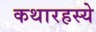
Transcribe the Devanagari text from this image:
कथारहस्ये